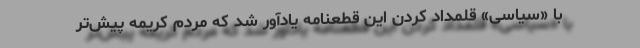
با «سیاسی» قلمداد کردن این قطعنامه یادآور شد که مردم کریمه پیش‌تر